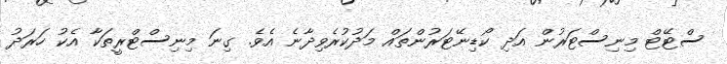
ސްޓޭޓް މިނިސްޓަރުން އަދި ކޯޑިނޭޓަރުންތައް މަދުކުރެވިދާނެ އެވެ. ގިނަ މިނިސްޓްރީތަކާ އެކު ހަރަދު